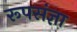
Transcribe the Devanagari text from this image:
रूपसंज्ञा